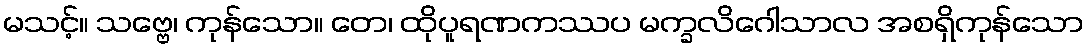
မသင့်။ သဗ္ဗေ၊ ကုန်သော။ တေ၊ ထိုပူရဏကဿပ မက္ခလိဂေါသာလ အစရှိကုန်သော